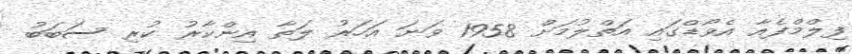
ފިލްމްފެއާ އެވޯޑްގައި އަތްލުމަށް 1958 ވަނަ އަހަރު ލަތާ އިންކާރު ކުރި ސަބަބު